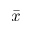
\overbar { x }